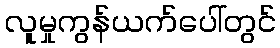
လူမှုကွန်ယက်ပေါ်တွင်